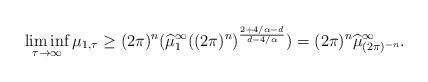
LaTeX: \begin{align*}\liminf_{\tau\to\infty} \mu_{1,\tau}\geq (2\pi)^n(\widehat{\mu}^{\infty}_1((2\pi)^n)^{\frac{2+4/\alpha-d}{d-4/\alpha}})=(2\pi)^n\widehat{\mu}^{\infty}_{(2\pi)^{-n}}.\end{align*}